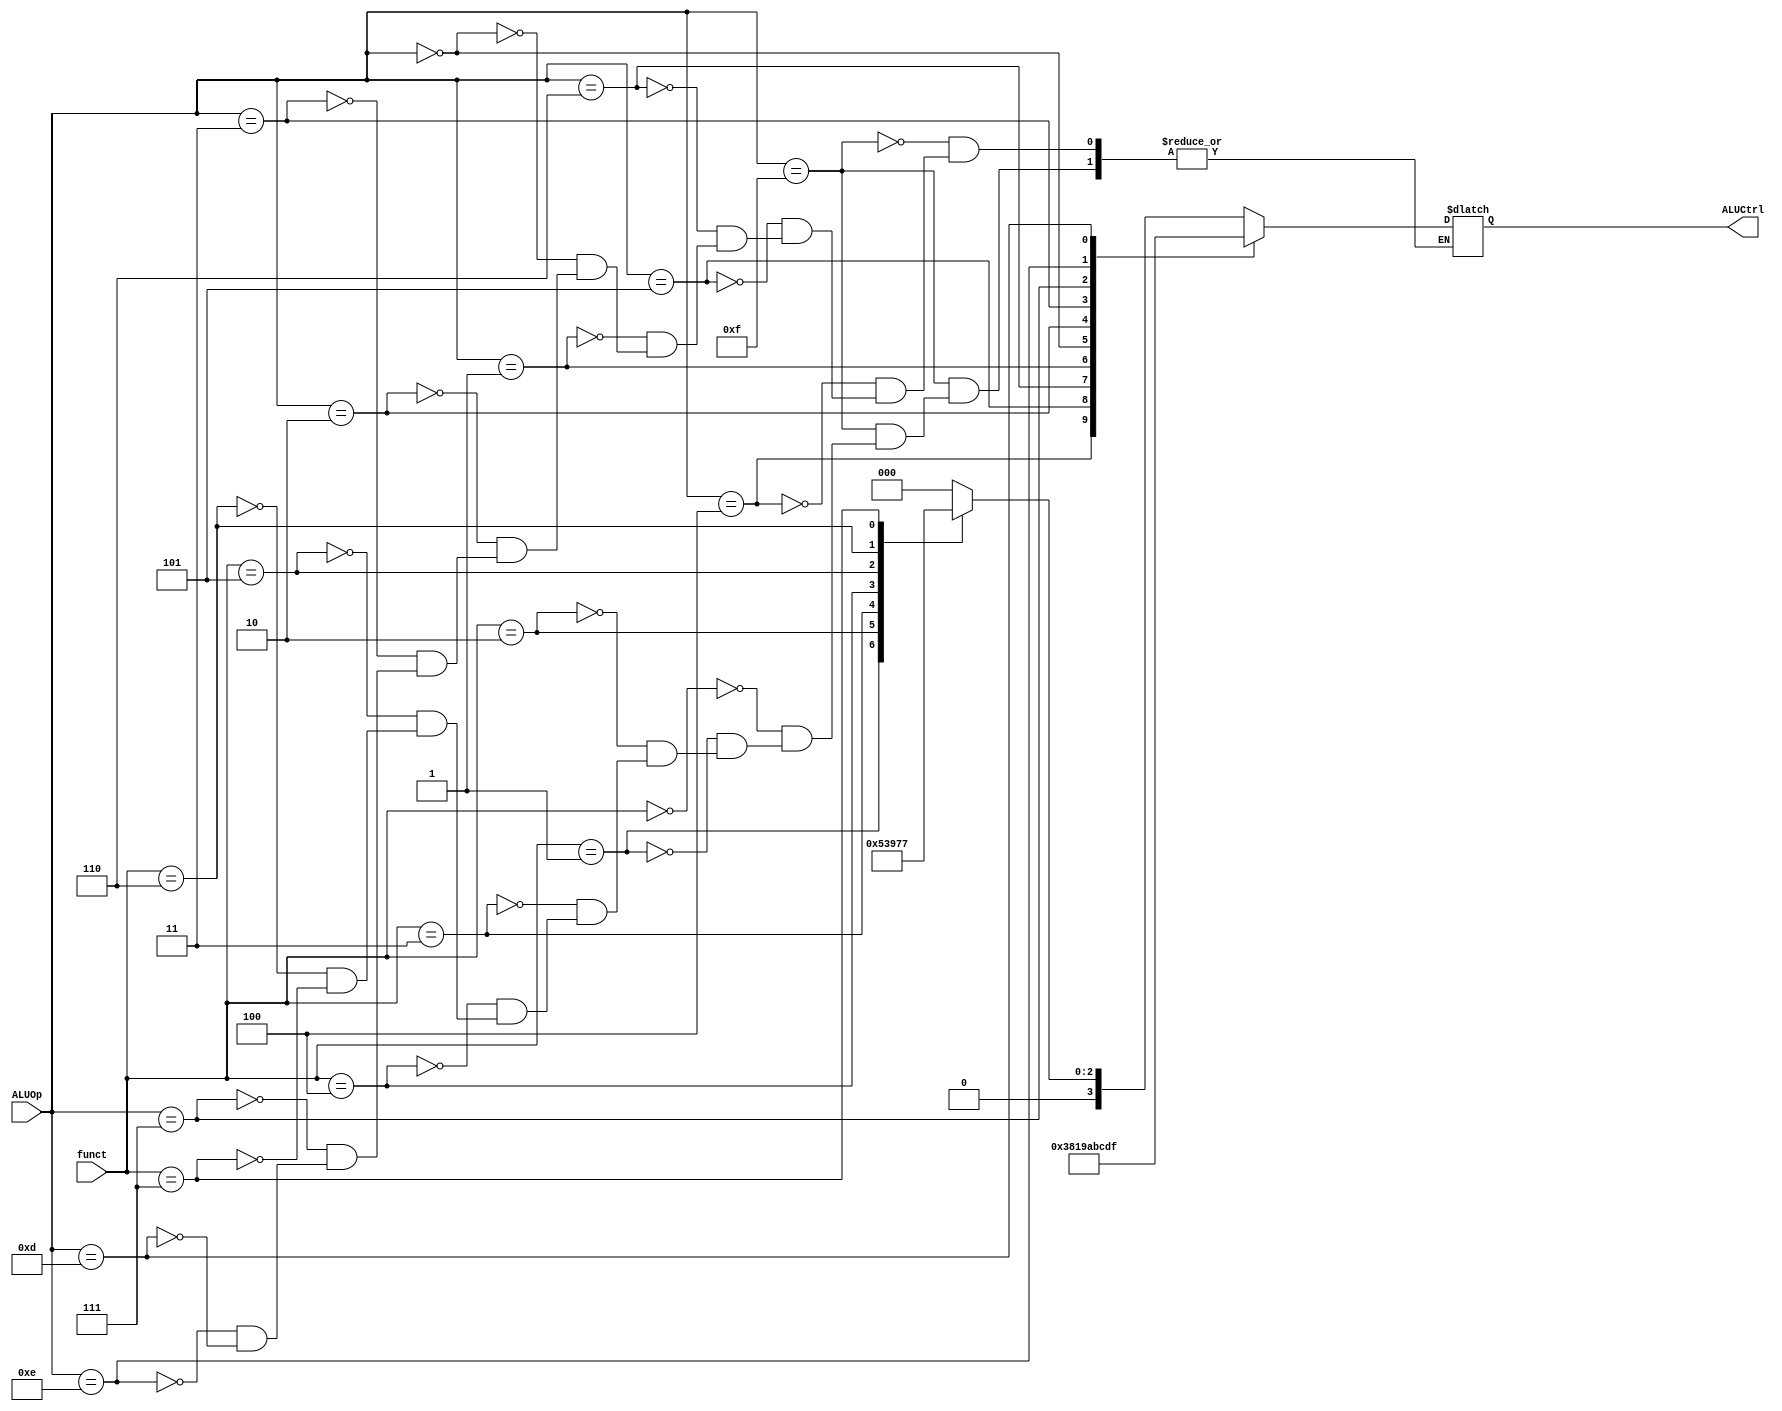
`timescale 1ns / 1ps

module ALUctrl_unit(
    input [3:0] ALUOp,
    input [5:0] funct,
    output reg [3:0] ALUCtrl
    );
    always @(*) begin
        case(ALUOp)
            4'd15: begin
                case(funct)
                    4'd0:  ALUCtrl=4'b0000; //ADD
                    4'd1:  ALUCtrl=4'b0001; //SUB
                    4'd2:  ALUCtrl=4'b0010; //AND
                    4'd3:  ALUCtrl=4'b0011; //ORR
                    4'd4:  ALUCtrl=4'b0100; //NOT
                    4'd5:  ALUCtrl=4'b0101; //TCP
                    4'd6:  ALUCtrl=4'b0110; //SHL
                    4'd7:  ALUCtrl=4'b0111; //SHR
                endcase
            end
                    4'd4: ALUCtrl = 4'b0000; //ADI
                    4'd5: ALUCtrl = 4'b0011; //ORI            
                    4'd6: ALUCtrl = 4'b1000; //LHI
                    4'd1: ALUCtrl = 4'b0001; //BEQ
                    4'd0: ALUCtrl = 4'b1001; //BNE
                    4'd2: ALUCtrl = 4'b1010; //BGZ
                    4'd3: ALUCtrl = 4'b1011; //BLZ
                    4'd7: ALUCtrl = 4'b1100; //JPR or JRL
                    4'd14: ALUCtrl = 4'b1101;//WWD
                    4'd13: ALUCtrl = 4'b1111;//HLT
        endcase
    end
    
endmodule